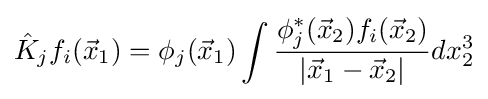
{\hat {K}}_{j}f_{i}({\vec {x}}_{1})=\phi _{j}({\vec {x}}_{1})\int {\frac {\phi _{j}^{*}({\vec {x}}_{2})f_{i}({\vec {x}}_{2})}{|{\vec {x}}_{1}-{\vec {x}}_{2}|}}dx_{2}^{3}